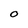
Character: 0